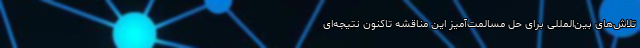
تلاش‌های بین‌المللی برای حل مسالمت‌آمیز این مناقشه تاکنون نتیجه‌ای